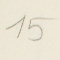
15